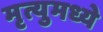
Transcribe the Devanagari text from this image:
मृत्युमध्ये